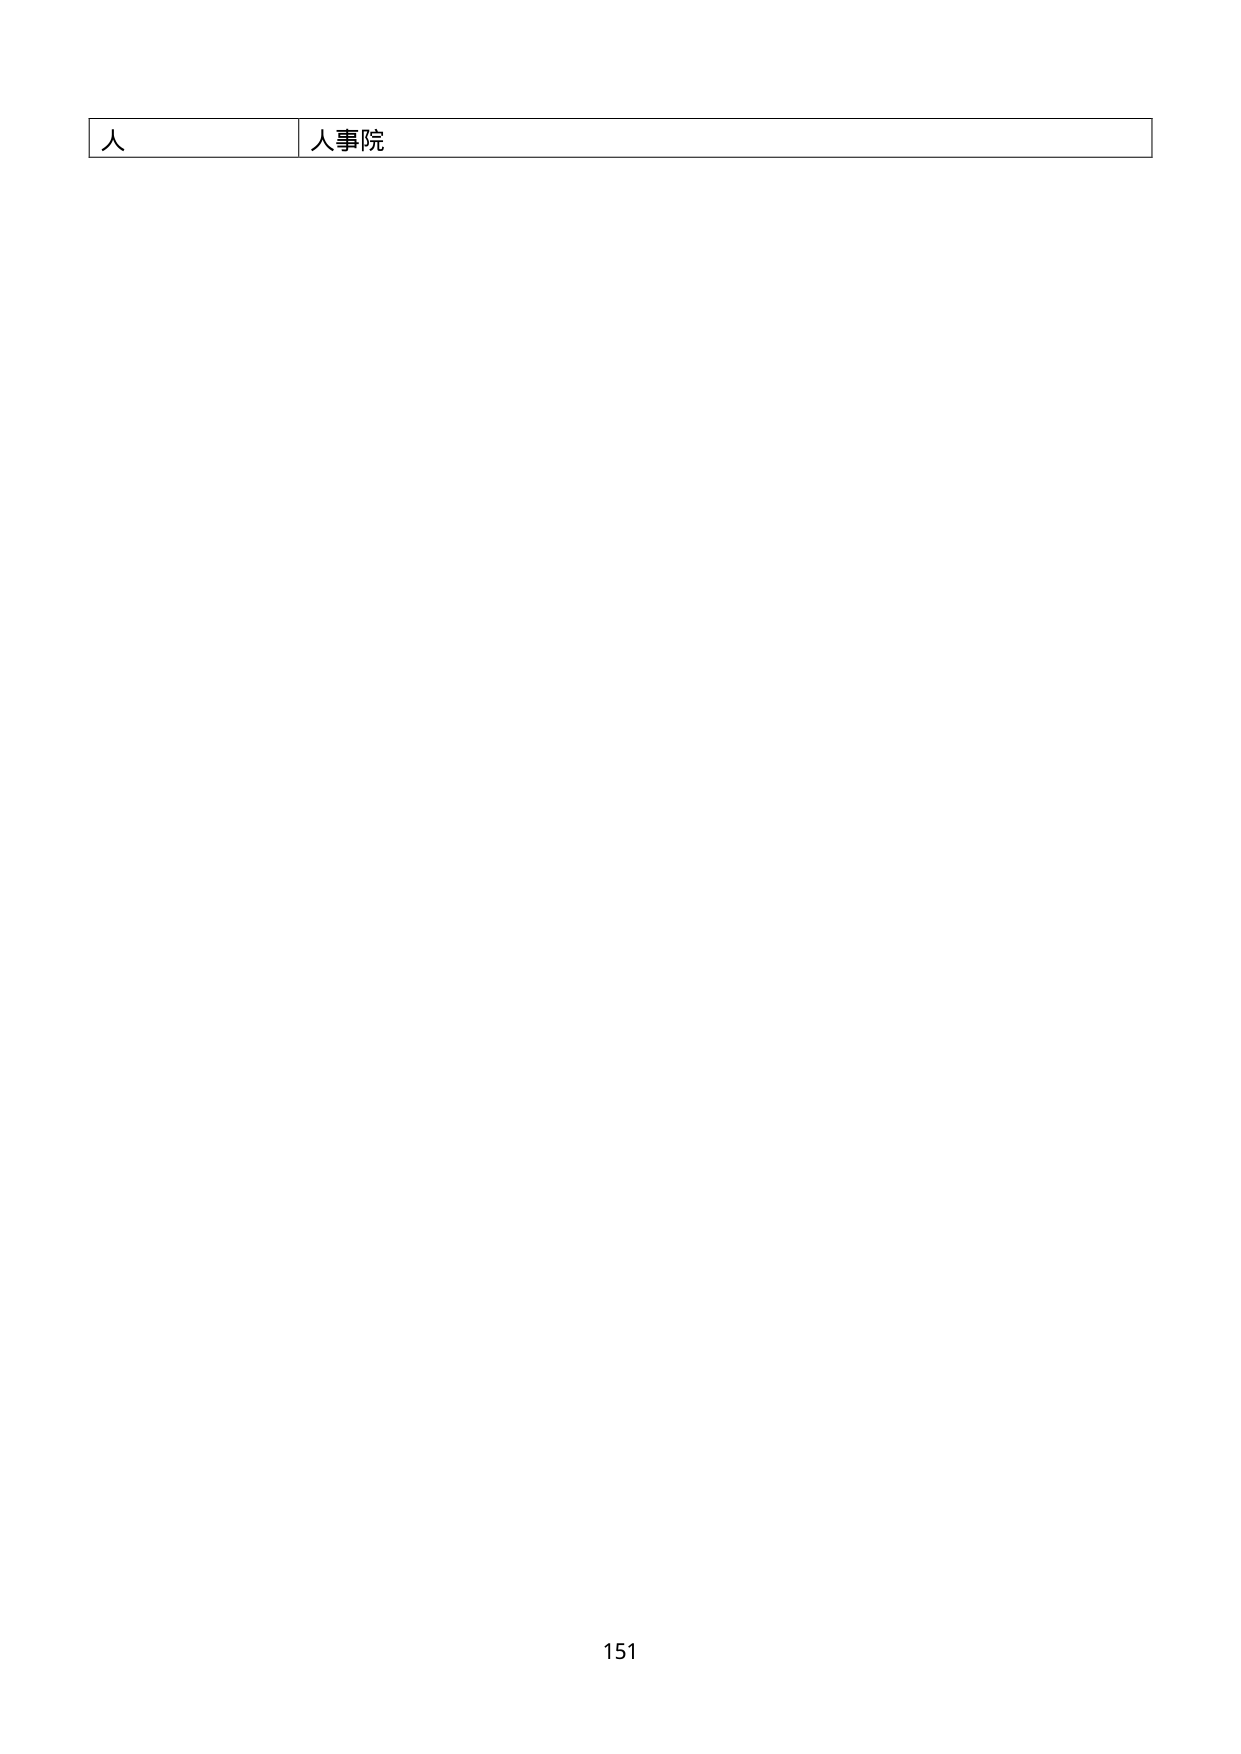
人 人事院
151